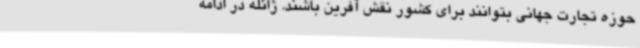
حوزه تجارت جهانی بتوانند برای کشور نقش آفرین باشند. ژائله در ادامه